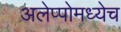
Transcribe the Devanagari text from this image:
अलेप्पोमध्येच